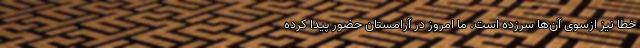
خطا نیز ازسوی آن‌ها سرزده است. ما امروز در آرامستان حضور پیدا کرده